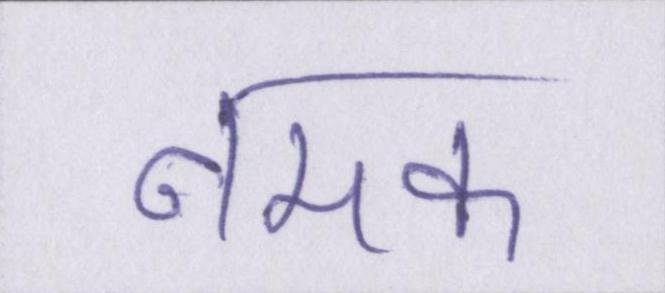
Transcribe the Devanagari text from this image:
नमक